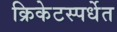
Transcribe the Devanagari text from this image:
क्रिकेटस्पर्धेत